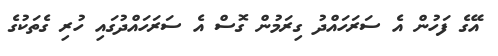
އޭގެ ފަހުން އެ ސަރަހައްދު ގިރަމުން ގޮސް އެ ސަރަހައްދުގައި ހުރި ގެތަކުގެ